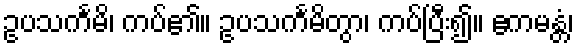
ဥပသင်္ကမိ၊ ကပ်၏။ ဥပသင်္ကမိတွာ၊ ကပ်ပြီး၍။ ဧကမန္တံ၊